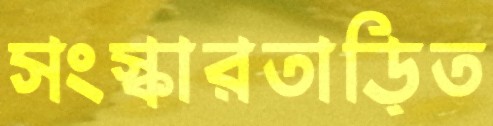
সংস্কারতাড়িত